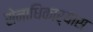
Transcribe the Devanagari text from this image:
सेनाधिकार्‍यास